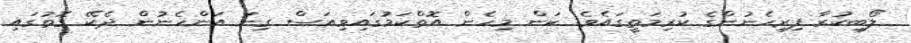
ލޯބިކުރާ ފިރިހެނުންގެ ކުރިމަތީގައެވެ. ކަން މިހެން އޮތްކަމުގައިވިއަސް ގިނަ އަންހެނުން ދެކޭ ގޮތުގައި